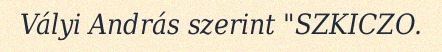
Vályi András szerint "SZKICZO.